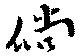
倘